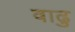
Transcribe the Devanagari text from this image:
वाढु